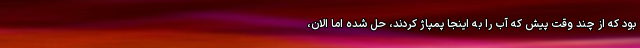
بود که از چند وقت پیش که آب را به اینجا پمپاژ کردند، حل شده اما الان،